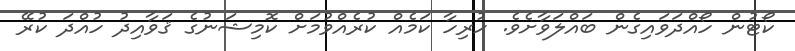
ކޯޓުން ހޯއްދަވައިގެން ބައްލަވާށެވެ. ހުރިހާ ކަމެއް ކުރެއްވުމަށް ކޮމިޝަނުގެ ޤަވާއިދު ހުއްދަ ކުރޭ